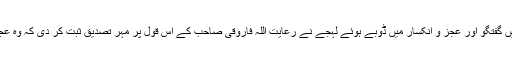
ان کی چند منٹ کی شیریں گفتگو اور عجز و انکسار میں ڈوبے ہوئے لہجے نے رعایت اللہ فاروقی صاحب کے اس قول پر مہر تصدیق ثبت کر دی کہ وہ عجز و انکسار کا پیکر ہیں۔